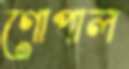
গোপাল